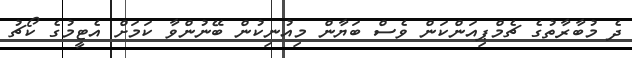
ދެ މުބާރާތުގެ ޗެމްޕިއަންކަން ވެސް ބަޔާން މިއުނިކުން ބޭނުންވާ ކަމަށް އެޓީމުގެ ކޯޗު